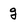
Character: g